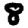
Digit: 8